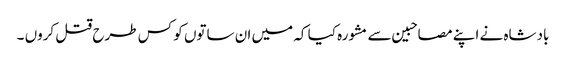
بادشاہ نے اپنے مصاحبین سے مشورہ کیا کہ میں ان ساتوں کو کس طرح قتل کروں ۔